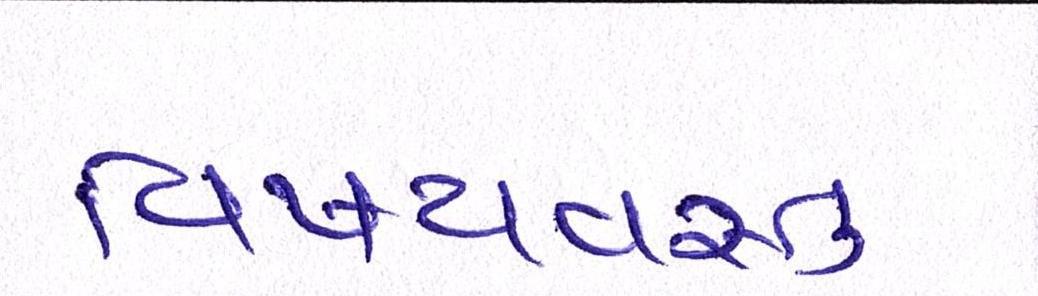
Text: વિષયવસ્તુ